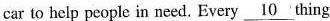
car to help people in need. Every \underline{10} thing